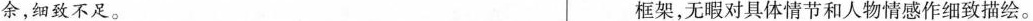
余,细致不足。框架，无暇对具体情节和人物情感作细致描绘。